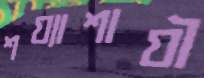
শয্যাশাযী